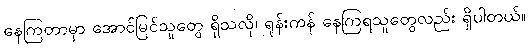
နေကြတာမှာ အောင်မြင်သူတွေ ရှိသလို၊ ရုန်းကန် နေကြရသူတွေလည်း ရှိပါတယ်။